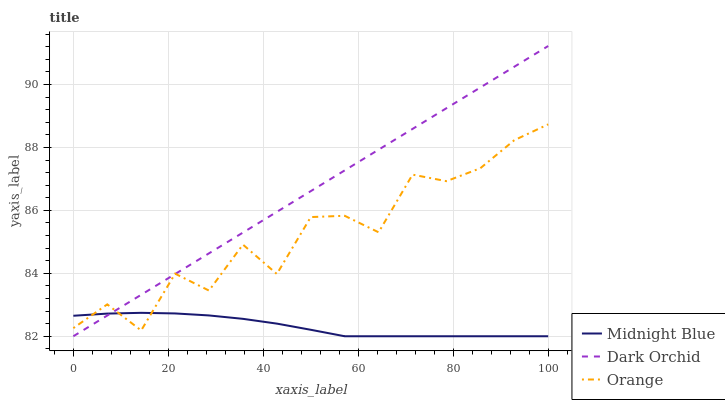
| xaxis_label | Midnight Blue | Dark Orchid | Orange |
 | --- | --- | --- | --- |
 | 0 | 82.7 | 82 | 82.3 |
 | 7.14 | 82.7 | 82.7 | 83 |
 | 14.3 | 82.7 | 83.3 | 82.2 |
 | 21.4 | 82.7 | 84 | 84 |
 | 28.6 | 82.7 | 84.6 | 83.5 |
 | 35.7 | 82.6 | 85.3 | 84.9 |
 | 42.9 | 82.4 | 86 | 84 |
 | 50 | 82.2 | 86.6 | 85.8 |
 | 57.1 | 82 | 87.3 | 85.8 |
 | 64.3 | 82 | 87.9 | 85.3 |
 | 71.4 | 82 | 88.6 | 87.1 |
 | 78.6 | 82 | 89.2 | 86.9 |
 | 85.7 | 82 | 89.9 | 87.3 |
 | 92.9 | 82 | 90.6 | 88.2 |
 | 100 | 82 | 91.2 | 88.7 |